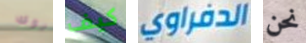
نوك كيف الدفراوي نحن